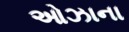
ઓઝાના